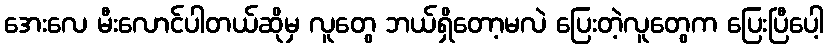
အေးလေ မီးလောင်ပါတယ်ဆိုမှ လူတွေ ဘယ်ရှိတော့မလဲ ပြေးတဲ့လူတွေက ပြေးပြီပေါ့